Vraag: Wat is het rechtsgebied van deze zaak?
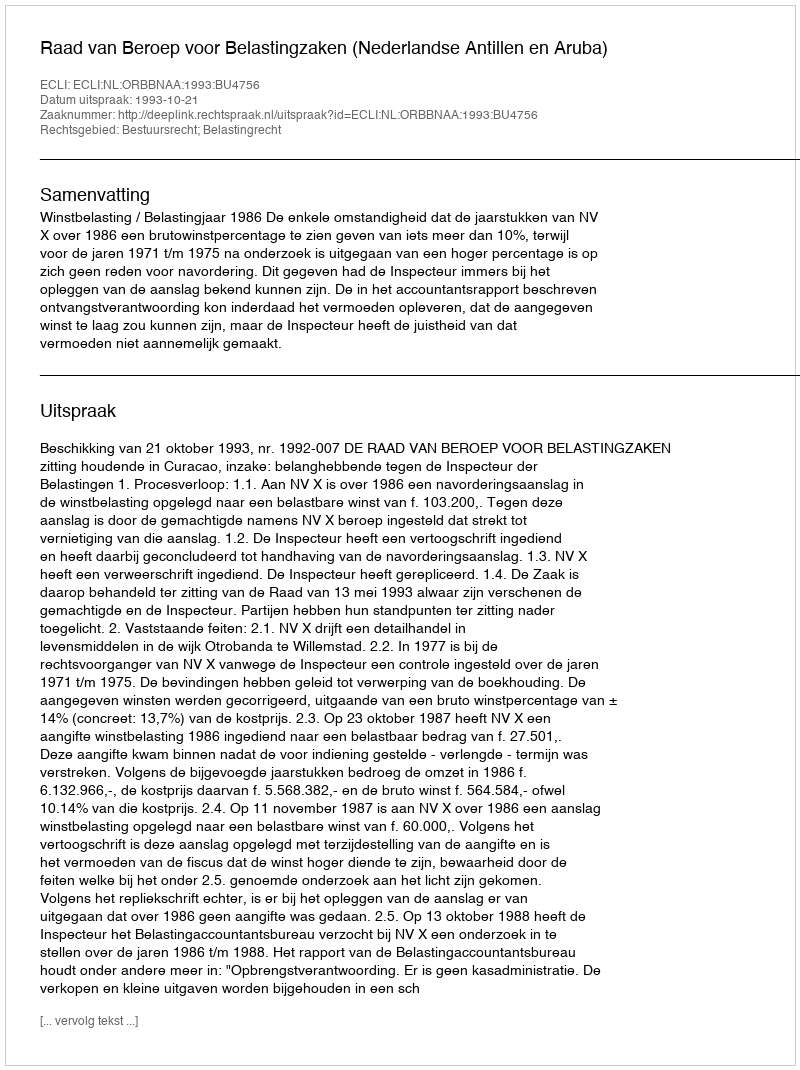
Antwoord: Bestuursrecht; Belastingrecht